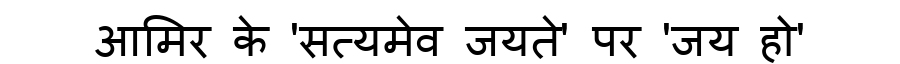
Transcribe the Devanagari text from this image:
आमिर के 'सत्यमेव जयते' पर 'जय हो'